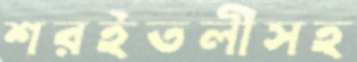
শরইতলীসহ